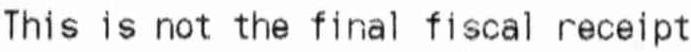
THIS IS NOT THE FINAL FISCAL RECEIPT